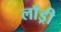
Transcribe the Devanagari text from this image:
लाँड्री